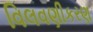
વિલવણીકરણ